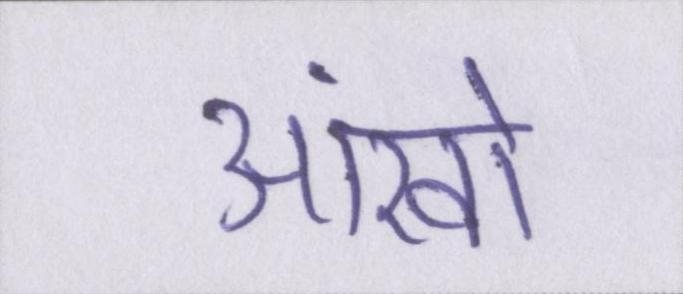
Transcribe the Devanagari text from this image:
आंखों